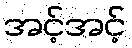
အင့်အင့်